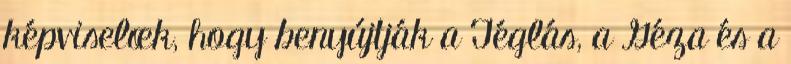
képviselœk, hogy benyújtják a Téglás, a Géza és a